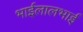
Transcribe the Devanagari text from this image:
भाईलालभाई